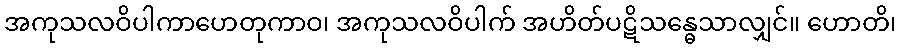
အကုသလဝိပါကာဟေတုကာဝ၊ အကုသလဝိပါက် အဟိတ်ပဋိသန္ဓေသာလျှင်။ ဟောတိ၊